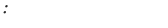
١٢